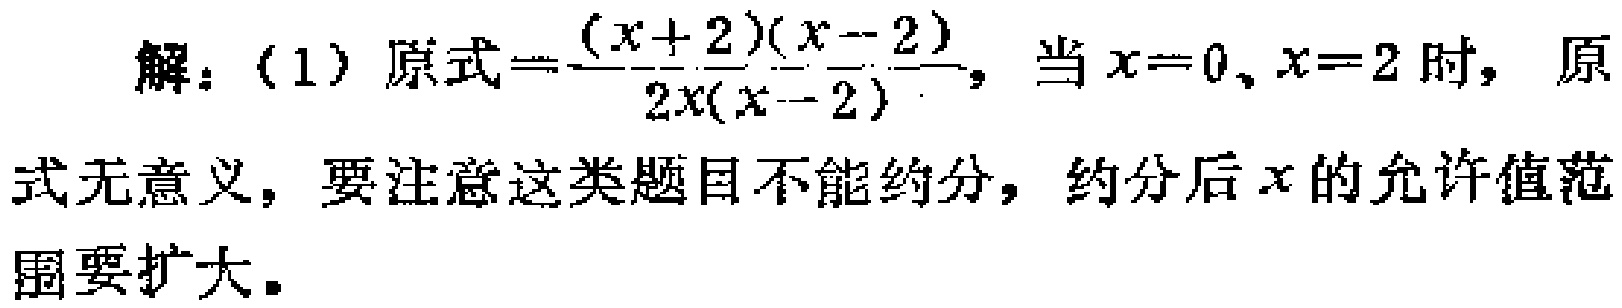
解：(1) 原式$=\frac{(x + 2)(x - 2)}{2x(x - 2)}$，当$x = 0$、$x = 2$时，原式无意义，要注意这类题目不能约分，约分后$x$的允许值范围要扩大。